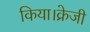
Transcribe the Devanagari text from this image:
किया।क्रेजी